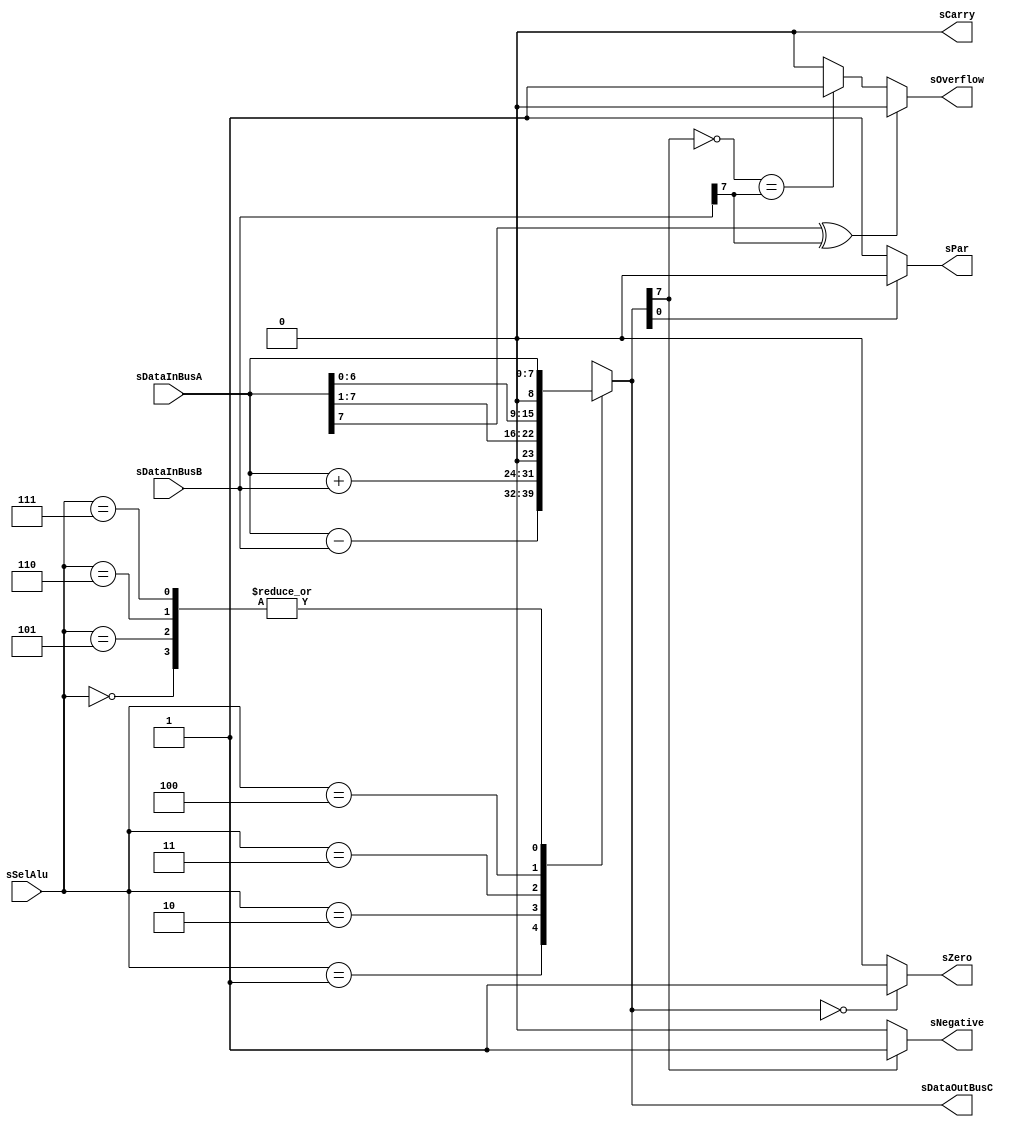
//---------------------------------------------------------------------------
// SharkBoad/CondorBoard ExampleModule
// Fredy Segura Q.
// Josnelihurt Rodriguez Barajas
// fsegura@uniandes.edu.co
// j.rodriguez52@uniandes.edu.co
// Top Level Design for the Xilinx Spartan 3-100E Device
//---------------------------------------------------------------------------

/*#
# SharkBoad
# Copyright (C) 2012 Bogot, Colombia
#
# This program is free software: you can redistribute it and/or modify
# it under the terms of the GNU General Public License as published by
# the Free Software Foundation, version 3 of the License.
#
# This program is distributed in the hope that it will be useful,
# but WITHOUT ANY WARRANTY; without even the implied warranty of
# MERCHANTABILITY or FITNESS FOR A PARTICULAR PURPOSE.  See the
# GNU General Public License for more details.
#
# You should have received a copy of the GNU General Public License
# along with this program.  If not, see <http://www.gnu.org/licenses/>.
#*/

module alu #(
	parameter DATAWIDTH = 8,
	parameter SELECTION = 3		//NUMBER OF SELECTION BITS
)
(	input[DATAWIDTH-1:0] sDataInBusA,sDataInBusB,
	input[SELECTION-1:0] sSelAlu,
	output reg [DATAWIDTH-1:0] sDataOutBusC,
	output reg sOverflow,sCarry,sNegative,sZero,sPar
);
//reg [DATAWIDTH-1:0] sDataOutBusCtemp;
//reg sZero, sNegative, sCarry, sOverflow;

	//INPUT LOGIC
	always@(*)
	begin
	case (sSelAlu)	
		3'b000: sDataOutBusC = sDataInBusA; //DEJA PASAR
		3'b001: sDataOutBusC = sDataInBusA - sDataInBusB;
		3'b010: sDataOutBusC = sDataInBusA + sDataInBusB;
		3'b011: sDataOutBusC = sDataInBusA>>1;
		3'b100: sDataOutBusC = sDataInBusA<<1;
		3'b101: sDataOutBusC = sDataInBusA; //DEJA PASAR;
		3'b110: sDataOutBusC = sDataInBusA; //DEJA PASAR;
		3'b111: sDataOutBusC = sDataInBusA; //DEJA PASAR;
		default : sDataOutBusC = sDataInBusA; // channel 0 is selected
	endcase
	end
wire[DATAWIDTH:0] dummyV;
assign dummyV=sDataOutBusC;
	//OUTPUT LOGIC
	always@(*)
	begin
	
	//SE PUEDE HACER MEJOR ASI:
	//assign sZero = (sDataOutBusC == 0) ? 1:0;

	if (sDataOutBusC==0)
		sZero = 1;
	else	
		sZero = 0;
	
	if (sDataOutBusC[DATAWIDTH-1] == 1)
		sNegative = 1;
	else	
		sNegative = 0;

	if (sDataOutBusC[0]==0)
		sPar=1;
	else
		sPar=0;



	//FALTA ESPECIFICAR sCarry y sOverflow POR AHORA TIENEN CERO
	if(!(sDataInBusA[DATAWIDTH-1] ^ sDataInBusB[DATAWIDTH-1]))
	begin
		if((~sDataOutBusC[DATAWIDTH-1])==sDataInBusB[DATAWIDTH-1])
		sOverflow = 1;
		else
		sOverflow = 0;
	end		
	
	else 
	sOverflow = 0;
	
	if(dummyV[DATAWIDTH])
	sCarry =  1;
	else
	sCarry =  0;
	
	end
endmodule